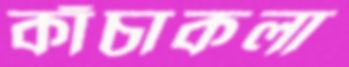
কাঁচাকলা